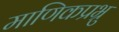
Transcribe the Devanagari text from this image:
माणिकप्रभ्रु